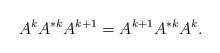
LaTeX: \begin{align*}A^kA^{*k}A^{k+1}=A^{k+1}A^{*k}A^k.\end{align*}